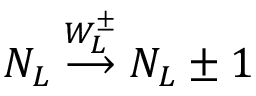
N _ { L } \stackrel { W _ { L } ^ { \pm } } { \longrightarrow } N _ { L } \pm 1